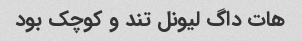
هات داگ لیونل تند و کوچک بود